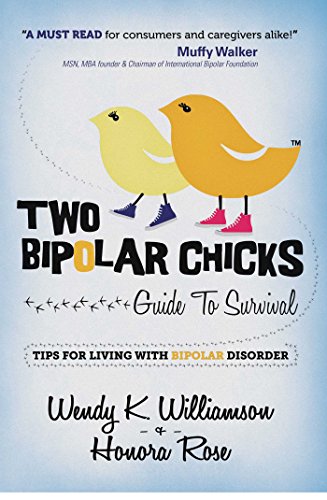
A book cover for Two Bipolar Chicks Guide To Survival: Tips for Living with Bipolar Disorder; Wendy K. Williamson; Health, Fitness & Dieting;